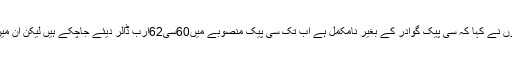
لیویز ، پولیس کی استعداد کار بڑھانے کی ضرورت ہے انہوں نے کہا کہ سی پیک گوادر کے بغیر نامکمل ہے اب تک سی پیک منصوبے میں60سی62ارب ڈالر دیئے جاچکے ہیں لیکن ان میں سے کتنے پیسے بلوچستان میں خرچ ہوئے یہ معلوم نہیں ۔